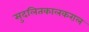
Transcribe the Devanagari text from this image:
सुदलितकालकराल